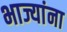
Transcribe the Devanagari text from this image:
भाज्यांना